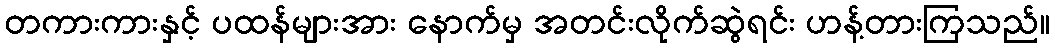
တကားကားနှင့် ပထန်များအား နောက်မှ အတင်းလိုက်ဆွဲရင်း ဟန့်တားကြသည်။